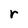
Character: r